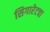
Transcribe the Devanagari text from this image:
सिगारेटचा